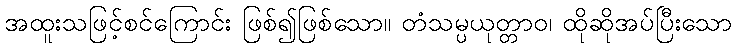
အထူးသဖြင့်စင်ကြောင်း ဖြစ်၍ဖြစ်သော။ တံသမ္ပယုတ္တာဝ၊ ထိုဆိုအပ်ပြီးသော